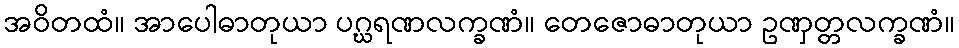
အဝိတထံ။ အာပေါဓာတုယာ ပဂ္ဃရဏလက္ခဏံ။ တေဇောဓာတုယာ ဥဏှတ္တလက္ခဏံ။